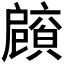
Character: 𢩡